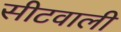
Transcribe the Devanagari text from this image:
सीटवाली